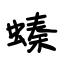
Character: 螓